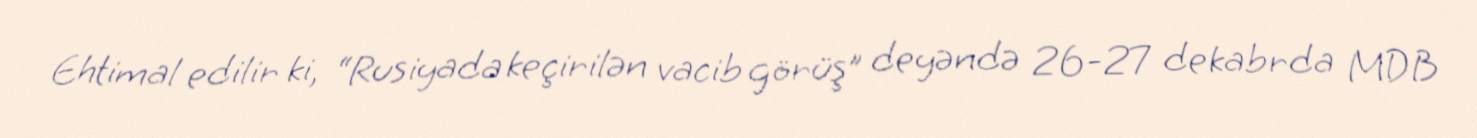
Ehtimal edilir ki, “Rusiyada keçirilən vacib görüş” deyəndə 26-27 dekabrda MDB